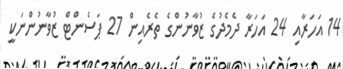
14 އަހަރާއި 24 އަހަރާ ދެމެދުގެ ޒުވާނުންގެ ތެރެއިން 27 ޕަސެންޓް ޒުވާނުންނަކީ